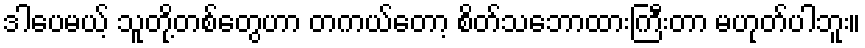
ဒါပေမယ့် သူတို့တစ်တွေဟာ တကယ်တော့ စိတ်သဘောထားကြီးတာ မဟုတ်ပါဘူး။